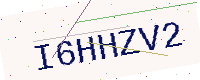
Text: I6HHZV2